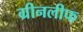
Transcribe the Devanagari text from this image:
ग्रीनलीफ